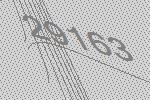
29163